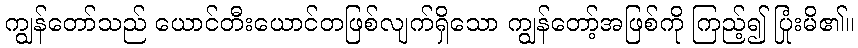
ကျွန်တော်သည် ယောင်တီးယောင်တဖြစ်လျက်ရှိသော ကျွန်တော့်အဖြစ်ကို ကြည့်၍ ပြုံးမိ၏။